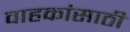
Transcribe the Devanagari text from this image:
वाहकांसाठी